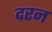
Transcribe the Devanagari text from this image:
दरन